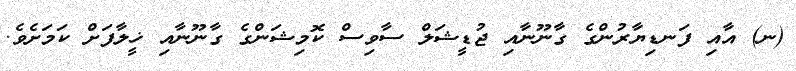
(ނ) އާއި ފަނޑިޔާރުންގެ ގާނޫނާއި ޖުޑީޝަލް ސާވިސް ކޮމިޝަންގެ ގާނޫނާއި ޚީލާފަށް ކަމަށެވެ.